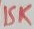
Text: 15K